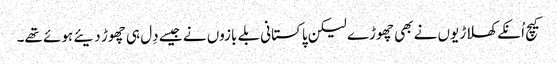
کیچ اُنکے کھلاڑیوں نے بھی چھوڑے لیکن پاکستانی بلے بازوں نے جیسے دِل ہی چھوڑ دیئے ہوئے تھے۔